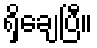
ရှိချေပြီ။